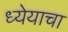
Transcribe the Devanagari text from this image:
ध्येयाचा